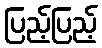
ပြည့်ပြည့်